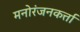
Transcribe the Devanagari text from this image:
मनोरंजनकर्त्ता